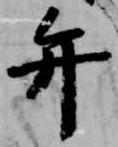
弁